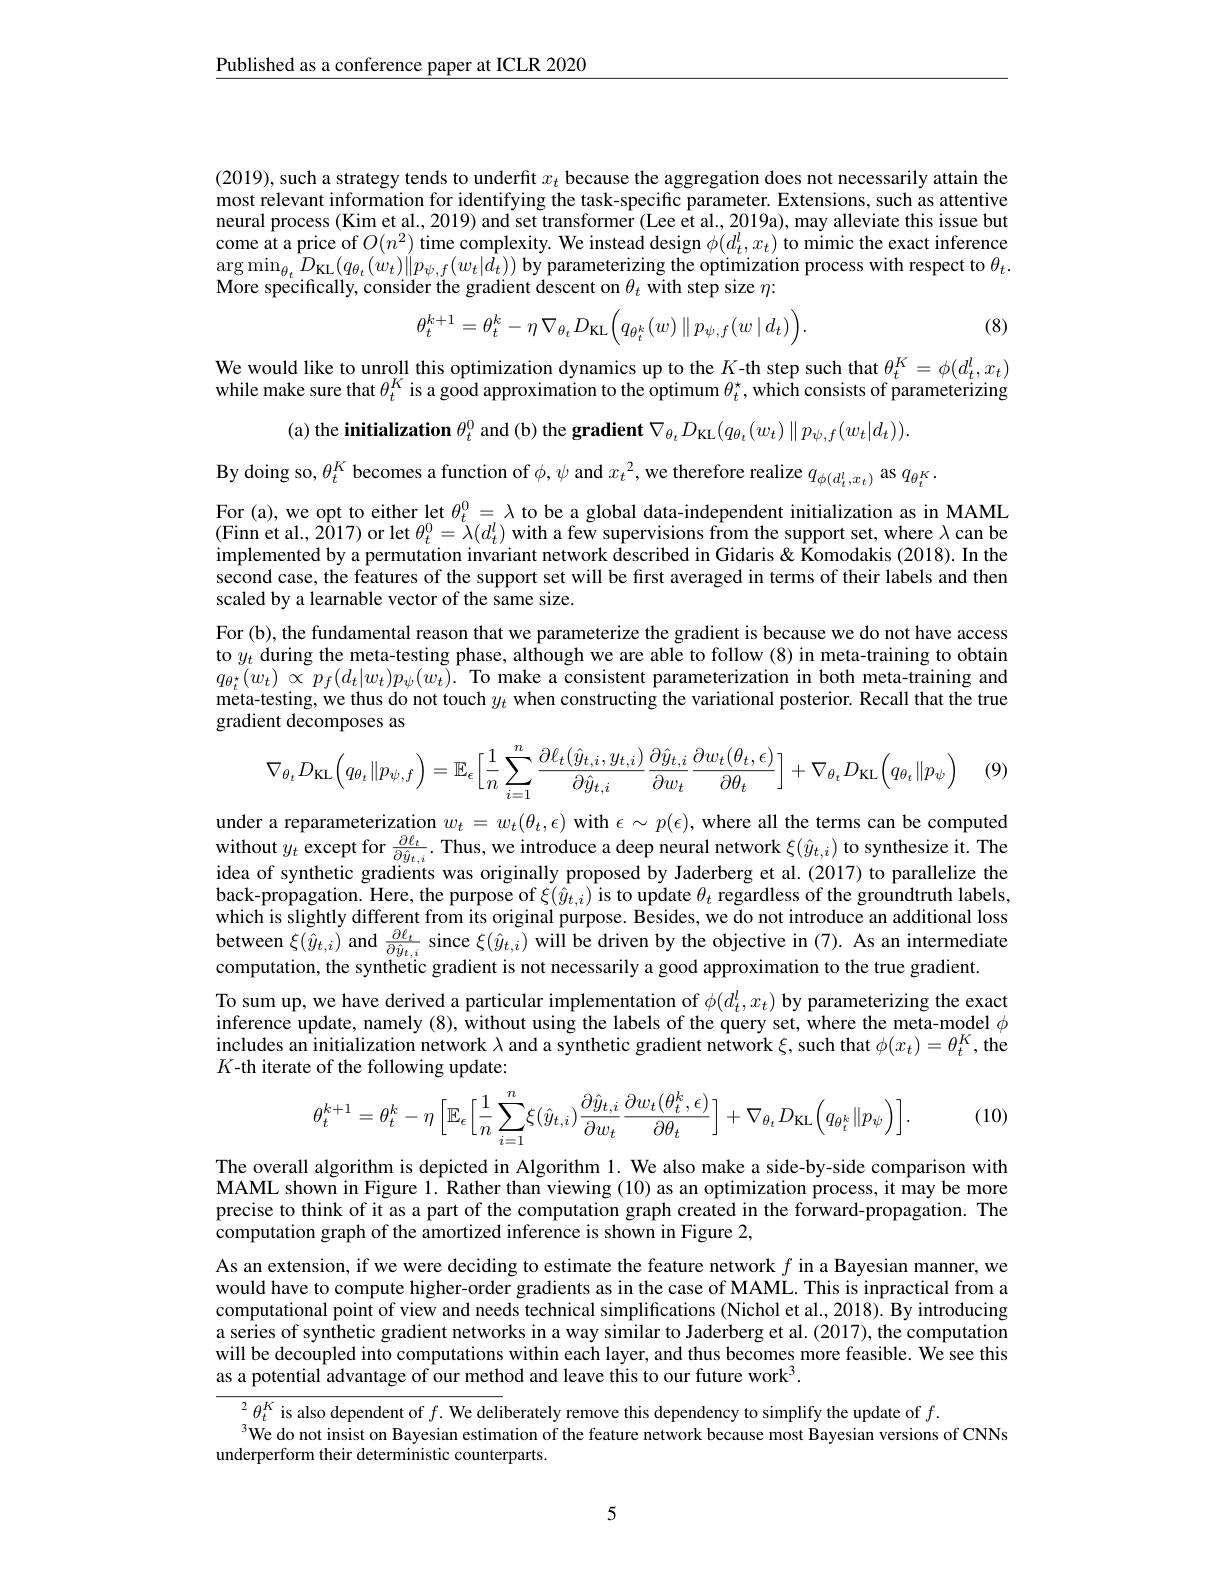
$\underline{\text{Published as a conference paper at ICLR 2020}}$

(2019), such a strategy tends to underfit $x_t$ because the aggregation does not necessarily attain the most relevant information for identifying the task-specific parameter. Extensions, such as attentive neural process (Kim et al., 2019) and set transformer (Lee et al., 2019a), may alleviate this issue but come at a price of $O(n^2)$ time complexity. We instead design $\phi(d_t^l,x_t)$ to mimic the exact inference $\arg\min_{\theta_{t}}D_{\mathrm{KL}}(q_{\theta_{t}}(w_{t})\|p_{\psi,f}(w_{t}|\bar{d_{t}}))$ by parameterizing the optimization process with respect to $\theta_t.$ More specifically, consider the gradient descent on $\theta_t$ with step size $\eta{:}$
$$\theta_{t}^{k+1}=\theta_{t}^{k}-\eta\:\nabla_{\theta_{t}}D_{\mathrm{KL}}\Big(q_{\theta_{t}^{k}}(w)\parallel p_{\psi,f}(w\:|\:d_{t})\Big).$$
(8)

We would like to unroll this optimization dynamics up to the $K$-th step such that $\theta_t^K=\phi(d_t^l,x_t)$ while make sure that $\theta_t^K$ is a good approximation to the $\hat\text{optimum }\theta_t^*$, which consists of parameterizing
(a) the initialization $\theta_t^0$ and (b) the gradient $\nabla_{\theta_t}D_\mathrm{KL}(q_{\theta_t}(w_t)\parallel p_{\psi,f}(w_t|d_t)).$

By doing so, $\theta_t^K$ becomes a function of $\phi,\psi$ and $x_t^2$, we therefore realize $q_\phi(d_t^l,x_t)$ as $q_{\theta_t^K}.$

For (a), we opt to either let $\theta_t^0=\lambda$ to be a global data-independent initialization as in MAML (Finn et al., 2017) or let $\theta_t^0=\lambda(d_t^l)$ with a few supervisions from the support set, where $\lambda$ can be implemented by a permutation invariant network described in Gidaris & Komodakis (2018). In the second case, the features of the support set will be first averaged in terms of their labels and then scaled by a learnable vector of the same size.

For (b), the fundamental reason that we parameterize the gradient is because we do not have access to $y_t$ during the meta-testing phase, although we are able to follow (8) in meta-training to obtain $q_{\theta _{t}}( w_{t})$ $\propto$ $p_{f}( d_{t}| w_{t}) p_{\psi }( w_{t}) .$ To make a consistent parameterization in both meta-training and meta-testing, we thus do not touch $y_t$ when constructing the variational posterior. Recall that the true gradient decomposes as

(9)
$$\nabla_{\theta_t}D_{\text{KL}}\Big(q_{\theta_t}\|p_{\psi,f}\Big)=\mathbb{E}_\epsilon\Big[\frac{1}{n}\sum_{i=1}^n\frac{\partial\ell_t(\hat{y}_{t,i},y_{t,i})}{\partial\hat{y}_{t,i}}\frac{\partial\hat{y}_{t,i}}{\partial w_t}\frac{\partial w_t(\theta_t,\epsilon)}{\partial\theta_t}\Big]+\nabla_{\theta_t}D_{\text{KL}}\Big(q_{\theta_t}\|p_\psi\Big)$$
under a reparameterization $w_t=w_t(\theta_t,\epsilon)$ with $\epsilon\sim p(\epsilon)$, where all the terms can be computed without $y_{t}$ except for $\frac {\partial \ell _{t}}{\partial \hat{y} _{t, i}}.$ Thus, we introduce a deep neural network $\xi ( \hat{y} _{t, i})$ to synthesize it. The without $y_{t}$ except for $\frac {\partial \ell _{t}}{\partial \hat{y} _{t, i}}.$ idea of synthetic gradients was originally proposed by Jaderberg et al.(2017) to parallelize the back-propagation. Here, the purpose of $\xi(\hat{y}_{t,i})$ is to update $\theta_t$ regardless of the groundtruth labels, which is slightly different from its original purpose. Besides, we do not introduce an additional loss between $\xi(\hat{y}_{t,i})$ and $\frac\partial\ell_t{\partial\hat{y}_t,i}$ since $\xi(\hat{y}_{t,i})$ will be driven by the objective in (7). As an intermediate computation, the synthetic gradient is not necessarily a good approximation to the true gradient.
To sum up, we have derived a particular implementation of $\phi(d_t^l,x_t)$ by parameterizing the exact inference update, namely (8), without using the labels of the query set, where the meta-model $\phi$ includes an initialization network $\lambda$ and a synthetic gradient network $\xi$, such that $\phi(x_t)=\theta_t^K$, the $K$-th iterate of the following update:
$$\theta_{t}^{k+1}=\theta_{t}^{k}-\eta\left[\mathbb{E}_{\epsilon}\Big[\frac{1}{n}\sum_{i=1}^{n}\xi(\hat{y}_{t,i})\frac{\partial\hat{y}_{t,i}}{\partial w_{t}}\frac{\partial w_{t}(\theta_{t}^{k},\epsilon)}{\partial\theta_{t}}\Big]+\nabla_{\theta_{t}}D_{\mathrm{KL}}\Big(q_{\theta_{t}^{k}}\|p_{\psi}\Big)\right].$$
(10)

The overall algorithm is depicted in Algorithm 1. We also make a side-by-side comparison with MAML shown in Figure $1.\bar{\text{Rather than viewing(10)as an optimization process, it may be more}}$ precise to think of it as a part of the computation graph created in the forward-propagation. The $\hat{\text{computation graph of the amortized inference is shown in Figure 2,}}$

As an extension, if we were deciding to estimate the feature network $f$ in a Bayesian manner, we would have to compute higher-order gradients as in the case of MAML. This is inpractical from computational point of view and needs technical simplifications (Nichol et al., 2018). By introducing a series of synthetic gradient networks in a way similar to Jaderberg et al. (2017), the computation will be decoupled into computations within each layer, and thus becomes more feasible. We see this as a potential advantage of our method and leave this to our future work$^3.$
${^2\theta_t^K\text{ is also dependent of }f.\text{ We deliberately remove this dependency to simplify the update of }f.}$

$^{3}$We do not insist on Bayesian estimation of the feature network because most Bayesian versions of CNNs
underperform their deterministic counterparts.

5